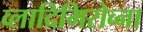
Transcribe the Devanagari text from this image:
व्लादिमिरोव्ना